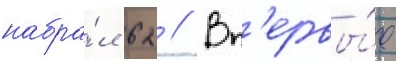
набра́л 62 // Вп'ервы́е